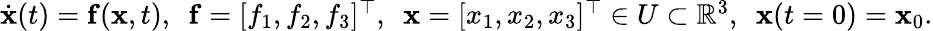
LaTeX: \begin{array}{r}{\dot{\mathbf{x}}(t)=\mathbf{f}(\mathbf{x},t),\ \ \mathbf{f}=[f_{1},f_{2},f_{3}]^{\top},\ \ \mathbf{x}=[x_{1},x_{2},x_{3}]^{\top}\in U\subset\mathbb{R}^{3},\ \ \mathbf{x}(t=0)=\mathbf{x}_{0}.}\end{array}